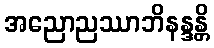
အညောညဿာဘိနန္ဒန္တိ